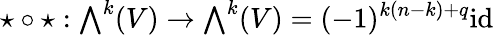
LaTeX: \star\circ\star:{\textstyle\bigwedge}^{k}(V)\to{\textstyle\bigwedge}^{k}(V)=(-1)^{k(n-k)+q}\mathrm{id}